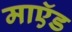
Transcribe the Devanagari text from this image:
माऍड